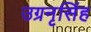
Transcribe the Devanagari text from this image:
उग्रनृसिंह